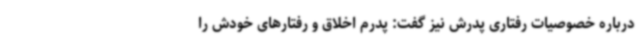
درباره خصوصیات رفتاری پدرش نیز گفت: پدرم اخلاق و رفتارهای خودش را